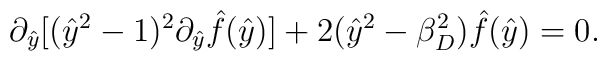
\partial_{\hat{y}}[(\hat{y}^2 -1)^2\partial_{\hat{y}} \hat{f}(\hat{y})] +2(\hat{y}^2 - \beta_D^2) \hat{f}(\hat{y}) = 0.